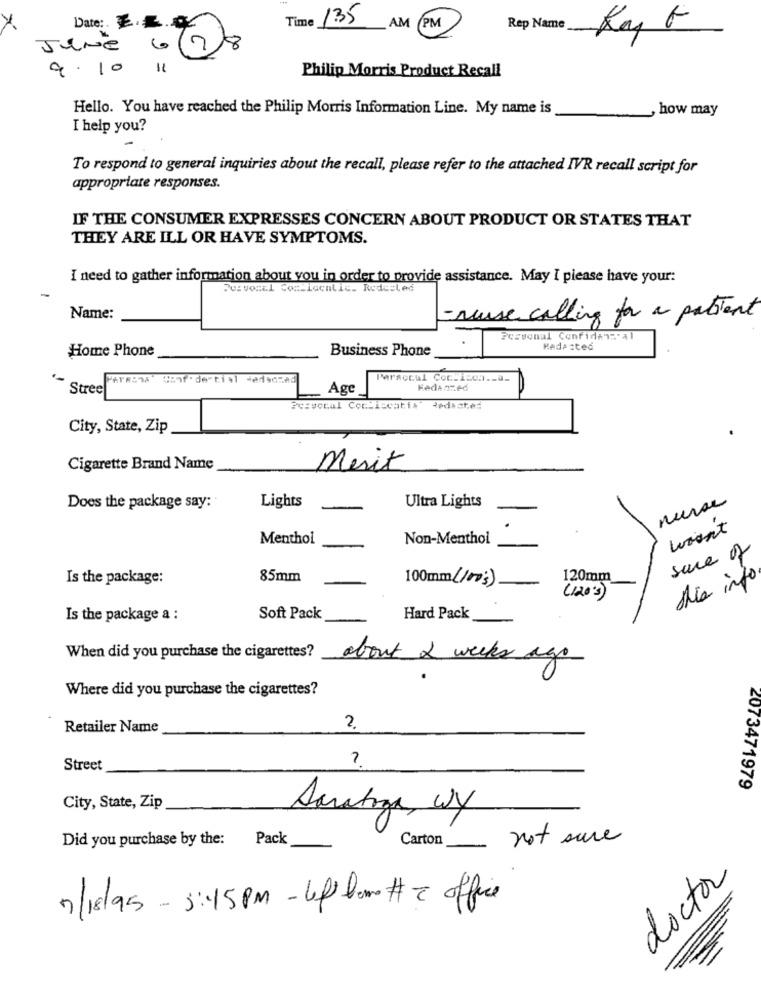
Date:
135
Time
AM
PM
Rep Name
Kay G
JeNe
9.10
Philip Morris Product Recall
Hello. You have reached the Philip Morris Information Line. My name is
, how may
I help you?
To respond to general inquiries about the recall, please refer to the attached IVR recall script for
appropriate responses.
IF THE CONSUMER EXPRESSES CONCERN ABOUT PRODUCT OR STATES THAT
THEY ARE ILL OR HAVE SYMPTOMS.
I need to gather information about you in order to provide assistance. May I please have your:
Pozvocal Cocliccatic. Redesles
Name:
- neuse calling for a patient
Pcsvonal Confiden:' 4l
Home Phone
Business Phone
Redacted
Paraocul Coc.1=c3 ._ a_
Stree
Age
KedAORed
Personal Con lecatis Radiated
City, State, Zip
Cigarette Brand Name
Merit
Ultra Lights
Does the package say:
Lights
woont
Menthol
Non-Menthol
suce of
Is the package:
85mm
100mm (100s)
120mm_
sia info
(1203)
Is the package a :
Soft Pack
Hard Pack
When did you purchase the cigarettes?
about 2 weeks ago
Where did you purchase the cigarettes?
Retailer Name
2
Street
nº
2073471979
City, State, Zip
Saratoga, Wy
Did you purchase by the: Pack
Carton not sure
doctor
7/18/95 - 3:45 PM - Left bare # 2 office